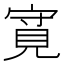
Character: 𲁎